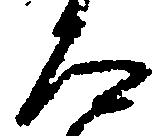
た